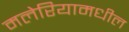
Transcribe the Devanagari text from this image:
मलेरियामधील